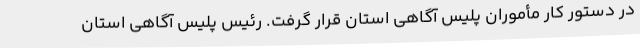
در دستور کار مأموران پلیس آگاهی استان قرار گرفت. رئیس پلیس آگاهی استان